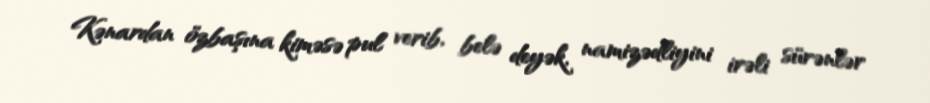
Kənardan özbaşına kiməsə pul verib, belə deyək, namizədliyini irəli sürənlər